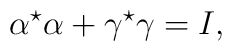
\alpha^{\star} \alpha + \gamma^{\star} \gamma = I ,